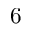
6